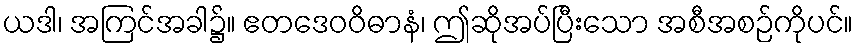
ယဒါ၊ အကြင်အခါ၌။ ဧတဒေဝဝိဓာနံ၊ ဤဆိုအပ်ပြီးသော အစီအစဉ်ကိုပင်။